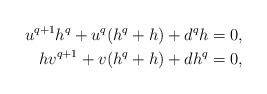
\begin{align*}u^{q+1}h^q + u^q (h^q + h) + d^q h &= 0,\\hv^{q+1} + v (h^q+h) + d h^q &= 0,\end{align*}